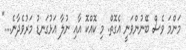
މަންމަ ވެސް ބޭނުންވަނީ އެގޮތް. މި ކޮއްކޮ އާއި ނުލާ އަޅުގަނޑު މަރުވެދާނެ...."